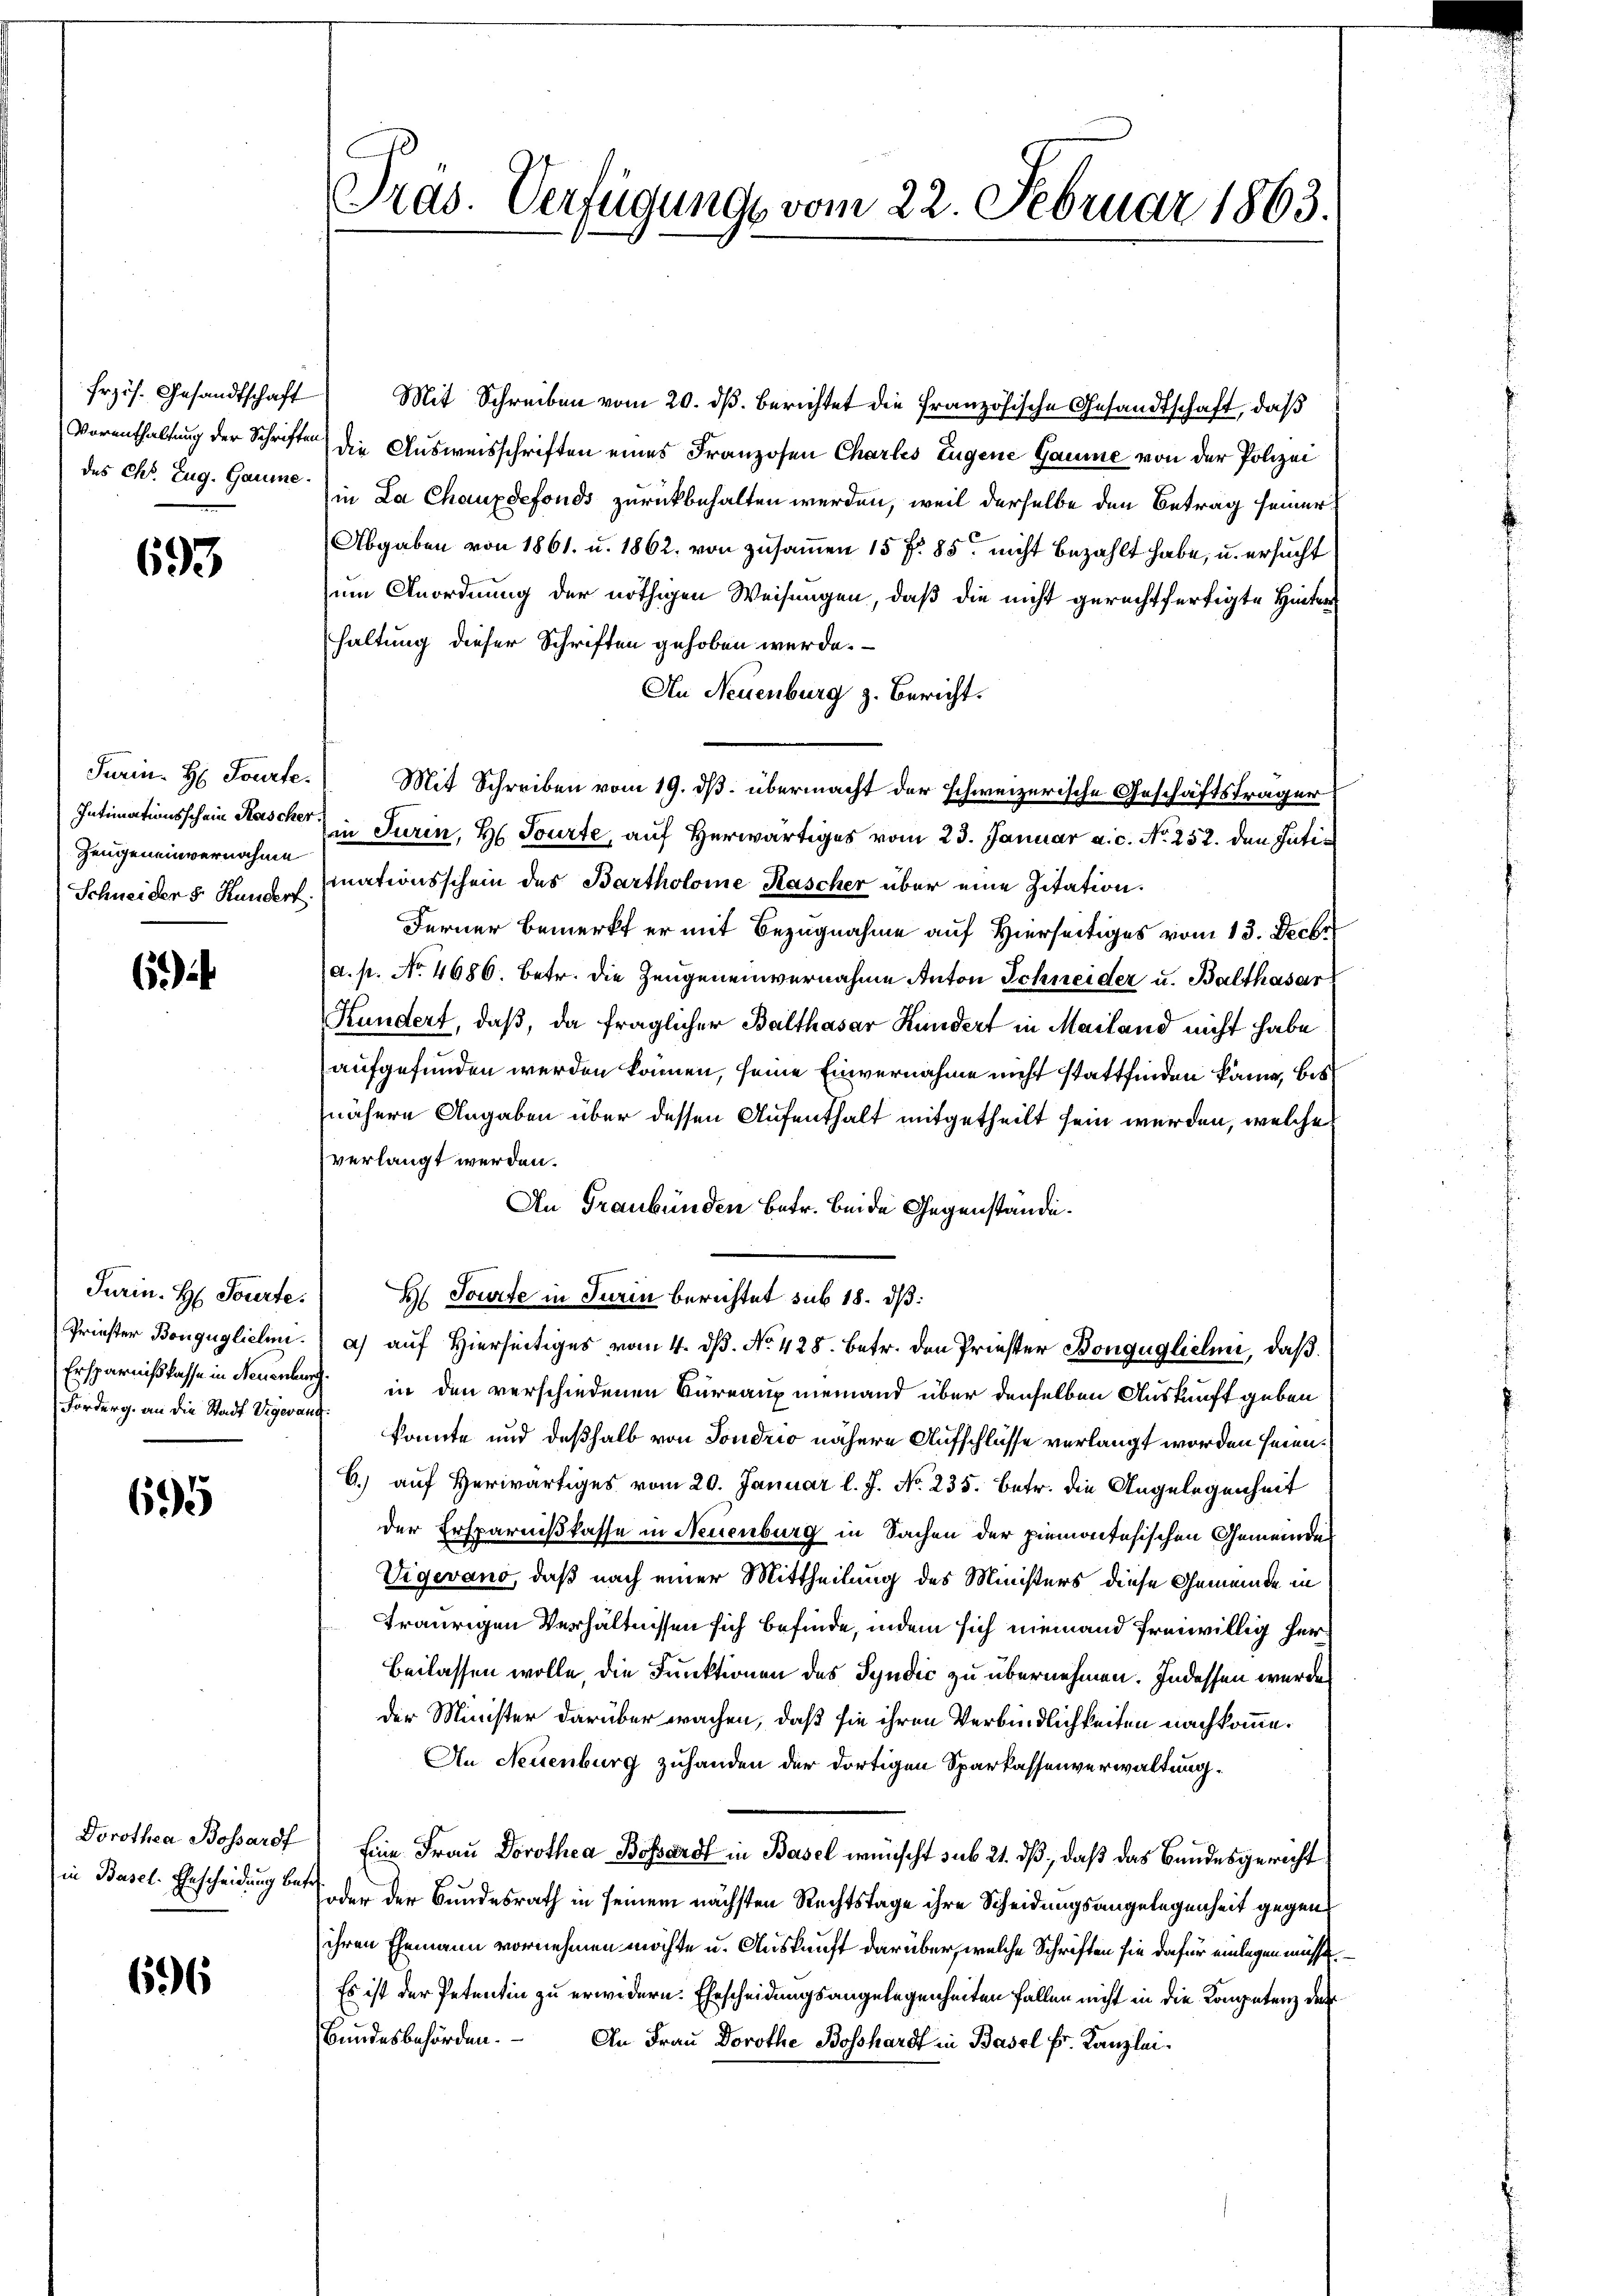
frzös. Gesandtschaft
Vorenthaltung der Schriften
des Chr. Zug. Gaume

693

Farin H. Tourte
Intimationsschein Kascher
Zeugeneinvernahme
Schneiden 8. Hundert.

6

Turin. H. Tourte.
Ersparnißkasse in Neuenburg.
Forderg. an die Stadt Vigevang.

695

Dorothea Bossardf
in Basel. Ehescheidung betr

696

Präs. Verfügung vom 22. Februar 1863.

Mit Schreiben vom 20. dß. berichtet die französische Gesandtschaft, daß
die Ausweisschriften eines Franzosen Charles Eugene Gaume von der Polizei
in La Chauxdefonds zurückbehalten werden, weil derselbe den Betrag seiner
Abgaben von 1861. u. 1862, von zusammen 15 f. 85. nicht bezahlt habe, u. ersucht
um Anordnung der nöthigen Weisungen, daß die nicht gerechtfertigte Hinter
haltung dieser Schriften gehoben werde.
An Neuenburg z. Bericht.
Mit Schreiben vom 19. ds. übermacht der schweizerische Geschäftsträger
in Turin, H. Tourte, auf Herwärtiges vom 23. Januar a.c. No 252. den Intimationsschein des Bartholome Kascher über eine Zitation.
Ferner Bemerkt er mit Bezugnahme auf Hierseitiges vom 13. Decbr
(a. p. No. 4686. betr. die Zeugeneinvernahme Anton Schneider u. Balthasar
Hundert, daß, da fraglicher Balthasar Kundert in Mailand nicht habe.
aufgefunden werden können, seine Einvernahme nicht stattfinden kann, bis
nähere Angaben über dessen Aufenthalt mitgetheilt sein werden, welche
verlangt werden.
An Graubünden betr. beide Gegenständi¬
H. Tourte in Turin berichtet sub 18. dß:
Priester Bouguglichen. a) auf Hierseitiges vom 4. ds. No. 428. Betr. den Priester Bongügliche, daß
in den verschiedenen Bureaux niemand über denselben Auskunft geben
konnte und deßhalb von Sondrio nähere Aufschlüsse verlangt worden seien.
C.) auf Herwärtiges vom 20. Januar l. J. No. 235. Betr. die Angelegenheit
der Ersparnißkasse in Neuenburg in Sachen der hiemontesischen Gemeinde
Vigevano, daß nach einer Mittheilung des Ministers diese Gemeinde in
traurigen Verhältnissen sich befinde, indem sich niemand freiwillig her¬
Beilassen wolle, die Funktionen des Syndic zu übernehmen. Indessen wurde
der Minister darüber wachen, daß sie ihren Verbindlichkeiten nachkomme.
An Neuenburg zuhanden der dortigen Sparkassenverwaltung.
Eine Frau Dorothea Bossard in Basel wünscht sub 21. dß, daß das Bundesgericht
oder der Bundesrath in seinem nächsten Rechtstage ihre Scheidungsangelegenheit gegend
ihren Ehemann vornehmen möchte u. Auskunft darüber, welche Schriften sie dafür einlegen müsse
Es ist der Petentin zu erwidern. Ehescheidungsangelegenheiten Fallen nicht in die Kompetenz der
bundesbehörden. An Frau Dorothe Bosshardt in Basel Fr. Kanzlei¬